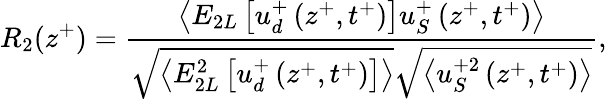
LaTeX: R_{2}(z^{+})=\frac{\left<E_{2L}\left[u_{d}^{+}\left(z^{+},t^{+}\right)\right]u_{S}^{+}\left(z^{+},t^{+}\right)\right>}{\sqrt{\left<E_{2L}^{2}\left[u_{d}^{+}\left(z^{+},t^{+}\right)\right]\right>}\sqrt{\left<u_{S}^{+2}\left(z^{+},t^{+}\right)\right>}},